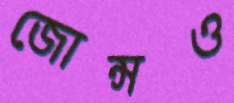
জোন্সও